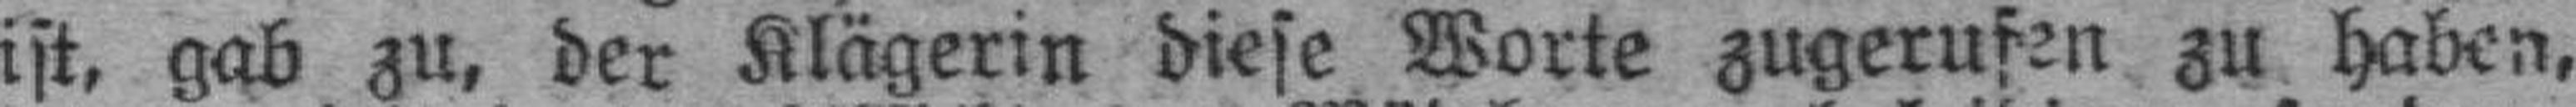
ist, gab zu, der Klägerin diese Worte zugerufen zu haben,